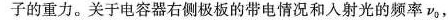
子的重力。关于电容器右侧极板的带电情况和入射光的频率v_{0}，